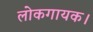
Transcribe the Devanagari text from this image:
लोकगायक।